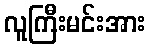
လူကြီးမင်းအား